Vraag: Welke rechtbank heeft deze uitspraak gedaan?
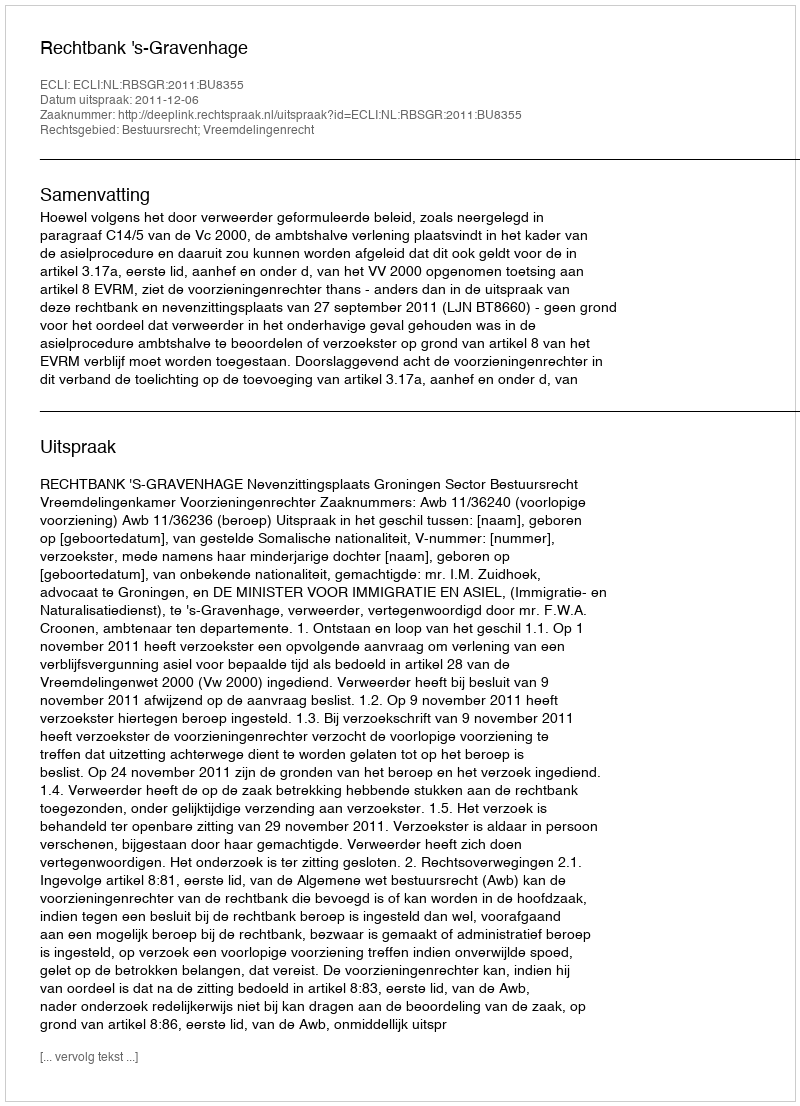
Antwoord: Rechtbank 's-Gravenhage